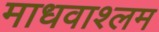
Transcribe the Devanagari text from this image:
माधवाश्लम